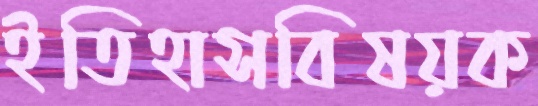
ইতিহাসবিষয়ক